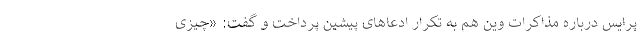
پرایس درباره مذاکرات وین هم به تکرار ادعاهای پیشین پرداخت و گفت: «چیزی